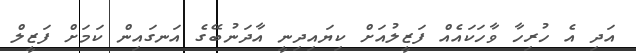
އަދި އެ ހުރިހާ ވާހަކައެއް ފަޒީލުއަށް ކިޔައިދިނީ އާދަނުބޭގެ އަނގައިން ކަމަށް ފަޒީލް